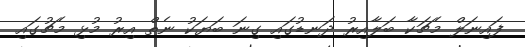
ފައިނަލް މެޗަކާ ބަލާއިރު ދަނޑުގައި ގިނަ ބަޔަކު ނެތް އިރު މުޅި މެޗުގައި